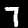
Digit: 7